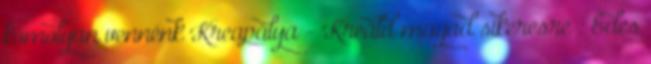
komolyan vennénk Kreapálya - Kreáld magad sikeresre : Édes